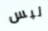
لبس